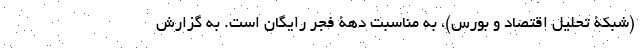
(شبکۀ تحلیل اقتصاد و بورس)، به مناسبت دهۀ فجر رایگان است. به گزارش